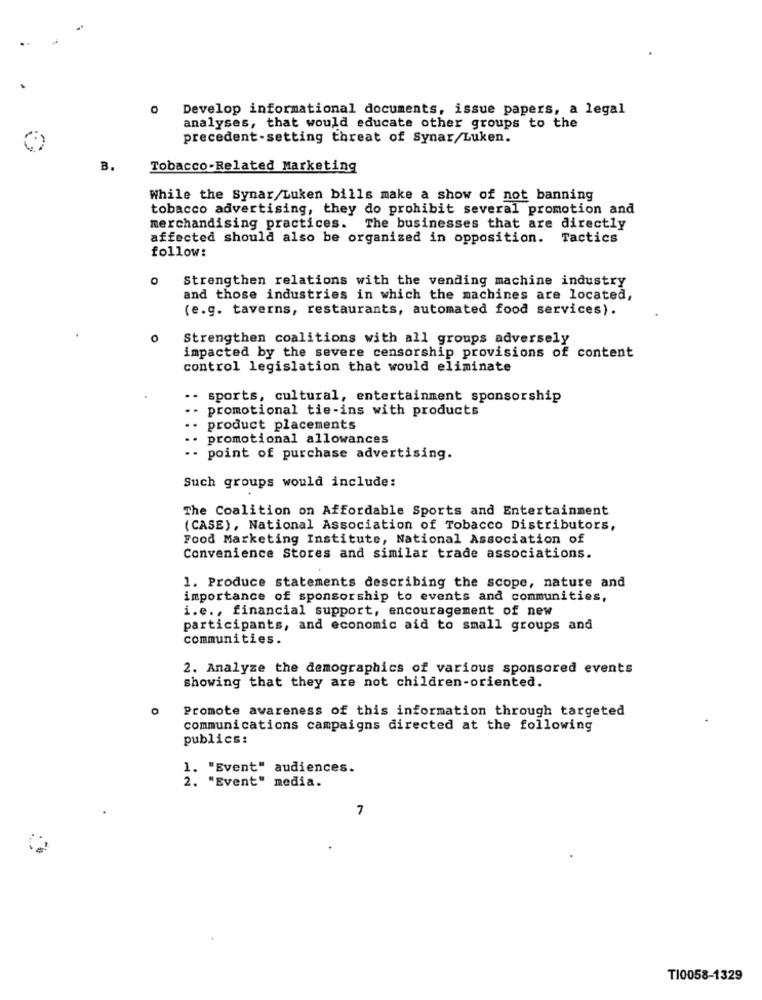
Develop informational documents, issue papers, a legal
analyses, that would educate other groups to the
precedent-setting threat of Synar/Luken.
B.
Tobacco-Related Marketing
While the Synar/Luken bills make a show of not banning
tobacco advertising, they do prohibit several promotion and
merchandising practices. The businesses that are directly
affected should also be organized in opposition. Tactics
follow:
0
Strengthen relations with the vending machine industry
and those industries in which the machines are located,
(e.g. taverns, restaurants, automated food services).
Strengthen coalitions with all groups adversely
impacted by the severe censorship provisions of content
control legislation that would eliminate
sports, cultural, entertainment sponsorship
..
promotional tie-ins with products
product placements
promotional allowances
.. point of purchase advertising.
Such groups would include:
The Coalition on Affordable Sports and Entertainment
(CASE), National Association of Tobacco Distributors,
Food Marketing Institute, National Association of
Convenience Stores and similar trade associations.
1. Produce statements describing the scope, nature and
importance of sponsorship to events and communities,
i.e ., financial support, encouragement of new
participants, and economic aid to small groups and
communities.
2. Analyze the demographics of various sponsored events
showing that they are not children-oriented.
Promote awareness of this information through targeted
communications campaigns directed at the following
publics:
1. "Event" audiences.
2. "Event" media.
7
TI0058-1329